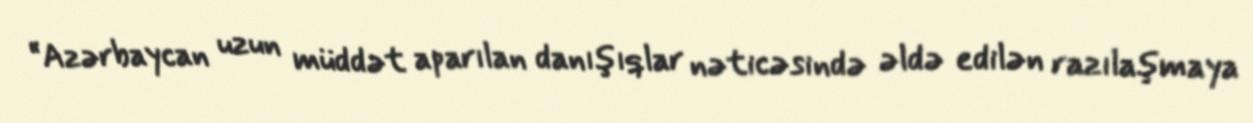
“Azərbaycan uzun müddət aparılan danışıqlar nəticəsində əldə edilən razılaşmaya